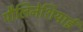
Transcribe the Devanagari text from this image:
पौलिनेशियाई